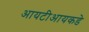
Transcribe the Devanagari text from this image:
आयटीआयकडे